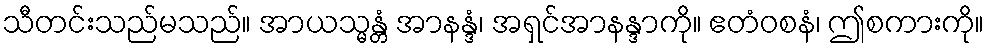
သီတင်းသည်မသည်။ အာယသ္မန္တံ အာနန္ဒံ၊ အရှင်အာနန္ဒာကို။ ဧတံဝစနံ၊ ဤစကားကို။